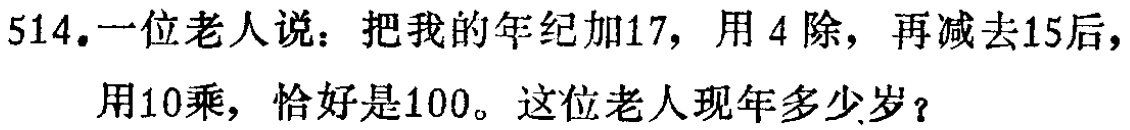
514.一位老人说：把我的年纪加17，用4除，再减去15后，用10乘，恰好是100。这位老人现年多少岁？